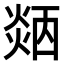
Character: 𤌜